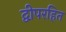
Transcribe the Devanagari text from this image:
द्वीपरहित